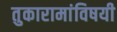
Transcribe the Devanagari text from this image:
तुकारामांविषयी